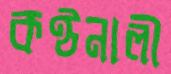
কণ্ঠনালী